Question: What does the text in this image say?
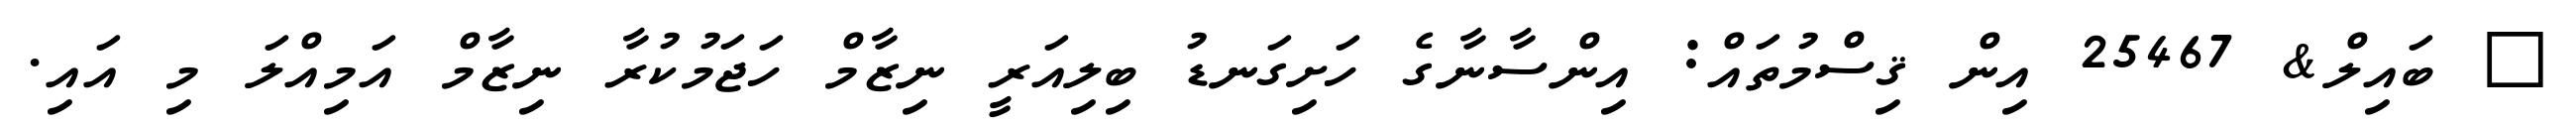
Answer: ? ބައިލް& 25467 އިން ޤިސްމުތައް: އިންސާނާގެ ހަށިގަނޑު ބިލިއަރީ ނިޒާމް ހަޖަމުކުރާ ނިޒާމް އަމިއްލަ މި އައި.